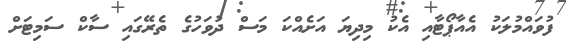
ފުވައްމުލަކު އެއާޕޯޓާއި އެކު މިދިޔަ އަށެއްކަ މަސް ދުވަހުގެ ތެރޭގައި ސާކް ސަމިޓަށް